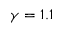
\gamma = 1 . 1